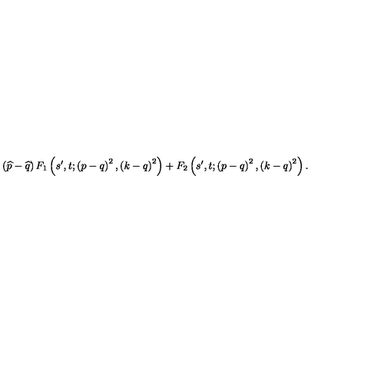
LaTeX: \left( \widehat { p } - \widehat { q } \right) F _ { 1 } \left( s ^ { \prime } , t ; \left( p - q \right) ^ { 2 } , \left( k - q \right) ^ { 2 } \right) + F _ { 2 } \left( s ^ { \prime } , t ; \left( p - q \right) ^ { 2 } , \left( k - q \right) ^ { 2 } \right) .